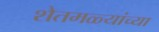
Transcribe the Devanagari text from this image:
शेतमळ्यांच्या